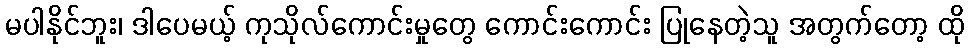
မပါနိုင်ဘူး၊ ဒါပေမယ့် ကုသိုလ်ကောင်းမှုတွေ ကောင်းကောင်း ပြုနေတဲ့သူ အတွက်တော့ ထို